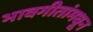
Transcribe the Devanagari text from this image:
भावगीतांमधून